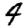
Digit: 4